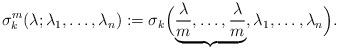
LaTeX: \begin{align*} \sigma_k^m(\lambda;\lambda_1,\dotsc,\lambda_n) := \sigma_k\Bigl(\underbrace{\frac{\lambda}{m},\dotsc,\frac{\lambda}{m}}_{},\lambda_1,\dotsc,\lambda_n\Bigr) .\end{align*}